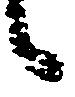
候